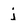
Character: j